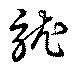
訧